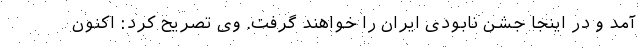
آمد و در اینجا جشن نابودی ایران را خواهند گرفت. وی تصریح کرد: اکنون